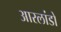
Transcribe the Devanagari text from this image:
आरलांडो